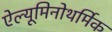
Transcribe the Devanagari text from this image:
ऐल्यूमिनोथर्मिक